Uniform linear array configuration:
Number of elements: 16
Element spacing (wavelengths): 0.25
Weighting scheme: hamming
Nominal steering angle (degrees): -30
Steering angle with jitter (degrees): -29.043
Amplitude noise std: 0.05
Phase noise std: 0.05

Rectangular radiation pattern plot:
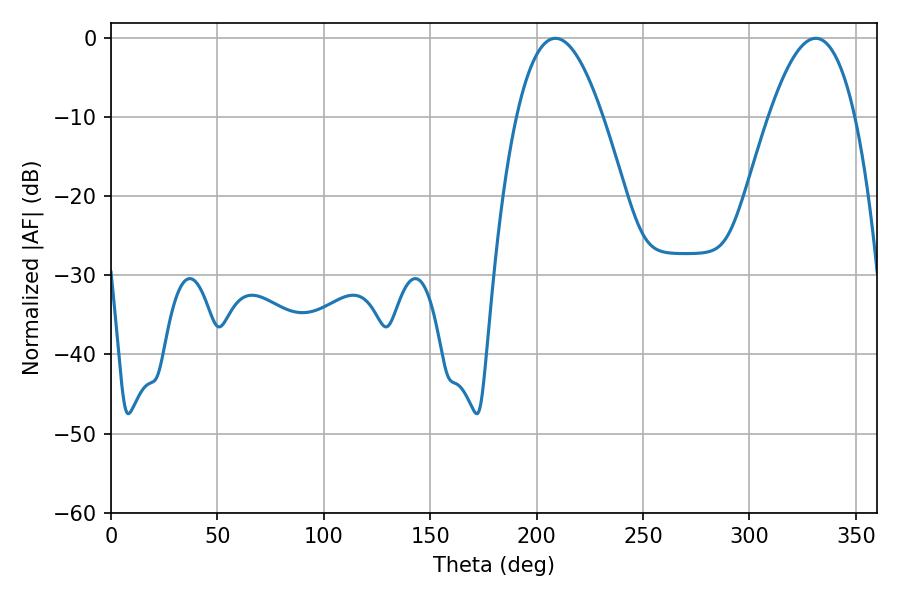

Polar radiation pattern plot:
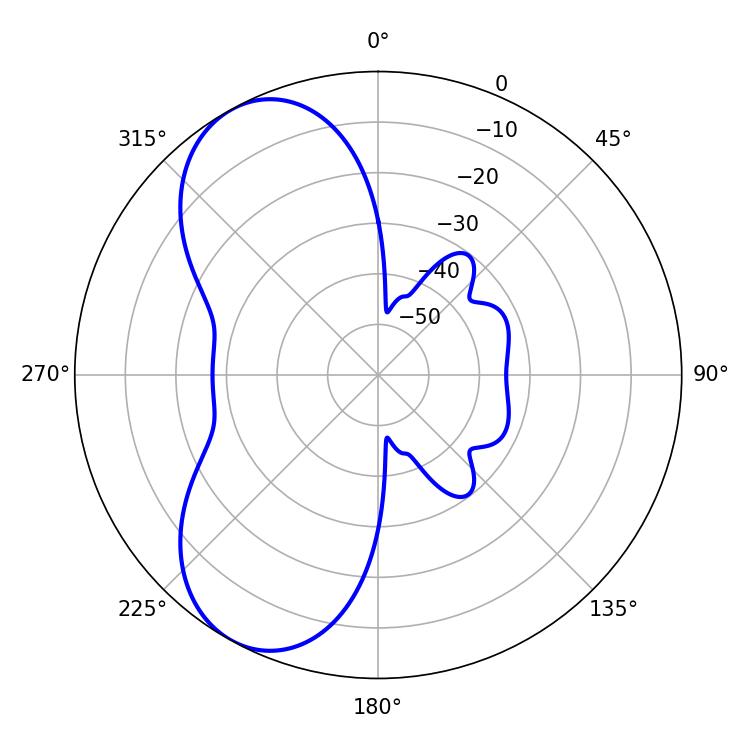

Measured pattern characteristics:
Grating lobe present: FALSE
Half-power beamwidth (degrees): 22.14
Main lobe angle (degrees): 208.8